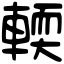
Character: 輭